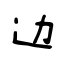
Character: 边